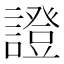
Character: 證